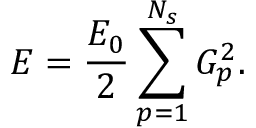
E = \frac { E _ { 0 } } { 2 } \sum _ { p = 1 } ^ { N _ { s } } G _ { p } ^ { 2 } .